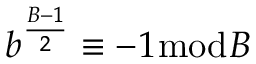
b ^ { \frac { B - 1 } { 2 } } \equiv - 1 { \bmod { B } }